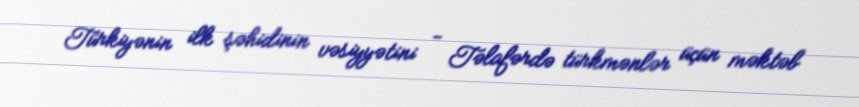
Türkiyənin ilk şəhidinin vəsiyyətini - Təlafərdə türkmənlər üçün məktəb